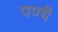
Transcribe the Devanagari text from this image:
पण्यै